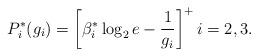
LaTeX: \begin{align*} P_i^*(g_i) = \left[\beta^*_i \log_2 e -\frac{1}{g_i}\right]^+ i = 2,3. \end{align*}